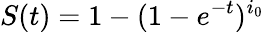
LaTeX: S(t)=1-(1-e^{-t})^{i_{0}}